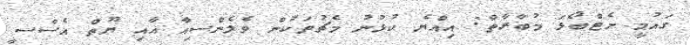
ގައުމީ ނެޓްބޯޅަ މުބާރާތް: އިއްޔެ ކުޅުނު މެޗުތަކުން ވެލެންސިއާ އާއި ޔޫތް އެސްސީ